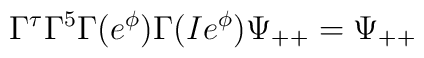
\Gamma^{\tau}\Gamma^5\Gamma(e^{\phi})\Gamma(Ie^{\phi})\Psi_{++}=\Psi_{++}